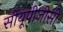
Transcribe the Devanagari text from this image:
सीयूपीजीसी